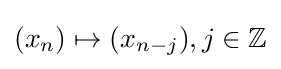
(x_{n})\mapsto (x_{n-j}),j\in \mathbb {Z}